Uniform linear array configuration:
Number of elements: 24
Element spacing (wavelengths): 0.25
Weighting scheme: binomial
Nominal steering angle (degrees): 30
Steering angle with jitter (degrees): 31.725
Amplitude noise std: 0.05
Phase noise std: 0.05

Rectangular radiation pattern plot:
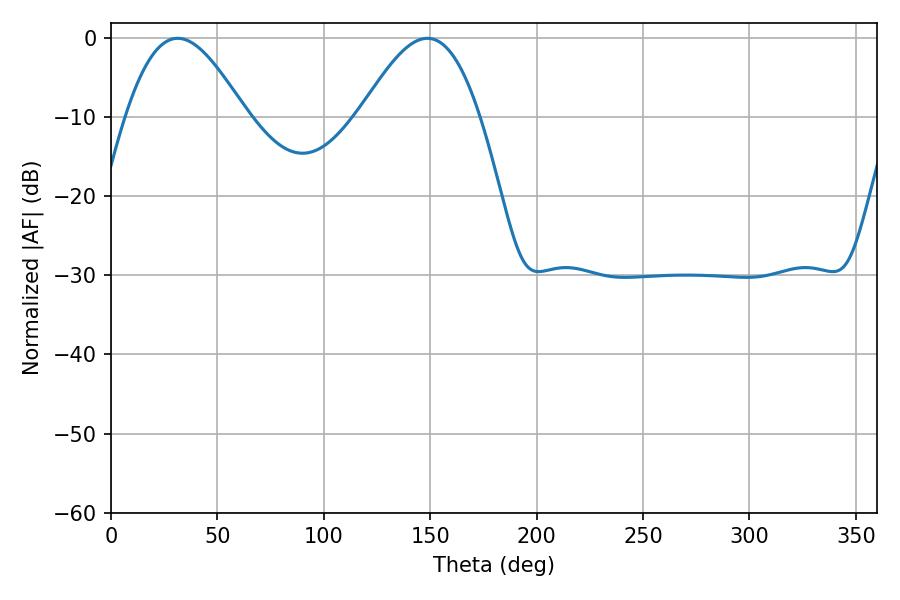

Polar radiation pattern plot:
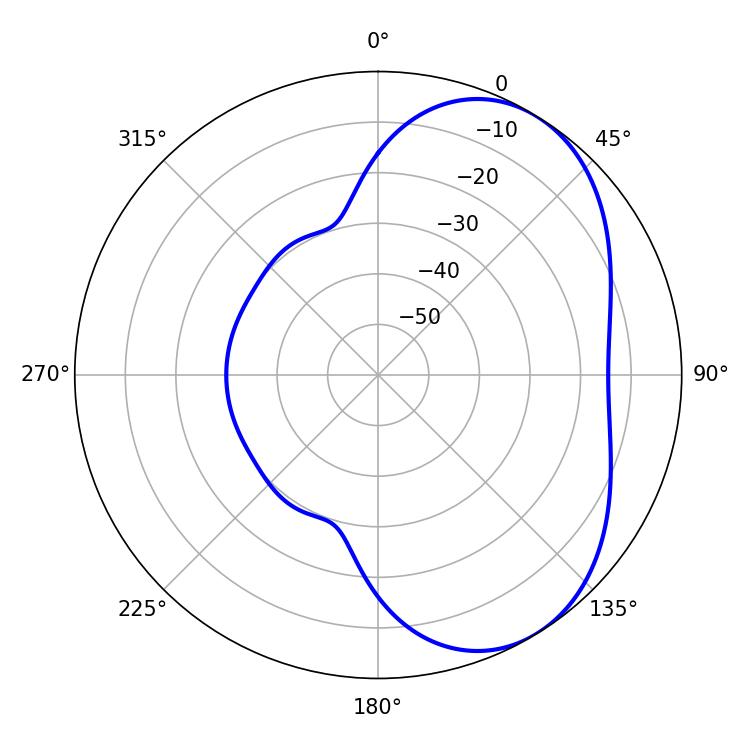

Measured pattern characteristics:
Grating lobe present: FALSE
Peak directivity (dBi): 4.855
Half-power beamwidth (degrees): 30.24
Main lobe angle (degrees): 31.32